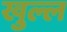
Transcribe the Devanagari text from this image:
खुल्ल